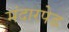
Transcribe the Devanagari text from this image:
मंदारपेड